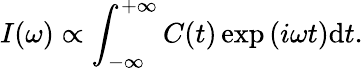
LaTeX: I(\omega)\propto\int_{-\infty}^{+\infty}C(t)\exp{(i\omega t)}\mathrm{d}t.